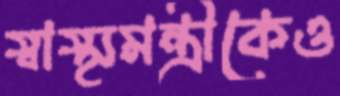
স্বাস্থ্যমন্ত্রীকেও